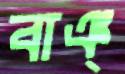
বাঞ্